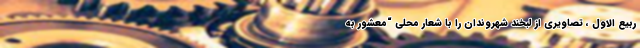
ربیع الاول ، تصاویری از لبخند شهروندان را با شعار محلی “معشور به